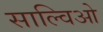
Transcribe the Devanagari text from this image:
साल्विओ